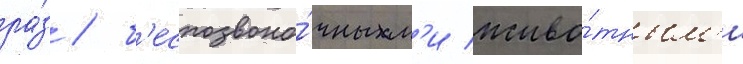
ра́з / б'еспозвоно́чным'и живо́тным'и